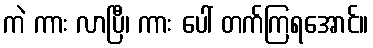
ကဲ ကား လာပြီ၊ ကား ပေါ် တက်ကြရအောင်။